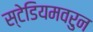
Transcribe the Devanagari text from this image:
स्टेडियमवरुन